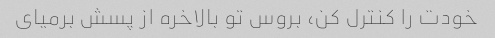
خودت را کنترل کن، بروس تو بالاخره از پسش برمیای